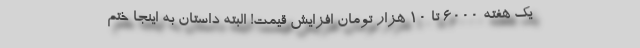
یک هفته ۶۰۰۰ تا ۱۰ هزار تومان افزایش قیمت! البته داستان به اینجا ختم